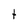
Character: t